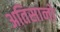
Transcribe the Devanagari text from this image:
अतिसानो